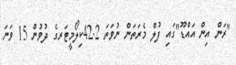
"ރަން އިން އައްޑޫ"ގައި ފުލް މެރަތަން ނުވަތަ 42.2ކިލޯމީޓަރގެ ދުވުން 15 ވަނަ